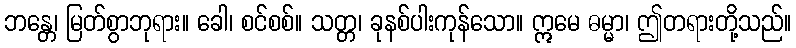
ဘန္တေ၊ မြတ်စွာဘုရား။ ခေါ၊ စင်စစ်။ သတ္တ၊ ခုနစ်ပါးကုန်သော။ ဣမေ ဓမ္မာ၊ ဤတရားတို့သည်။